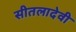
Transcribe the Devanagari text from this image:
सीतलादेवी